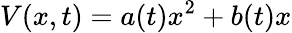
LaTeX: V(x,t)=a(t)x^{2}+b(t)x